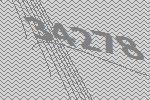
34278